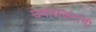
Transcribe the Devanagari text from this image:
उमाळकरांची